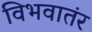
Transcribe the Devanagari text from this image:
विभवातंर